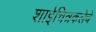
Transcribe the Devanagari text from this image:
शाईचित्रकलेचे